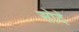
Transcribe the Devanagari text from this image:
सोदे